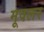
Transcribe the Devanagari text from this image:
मूवलर